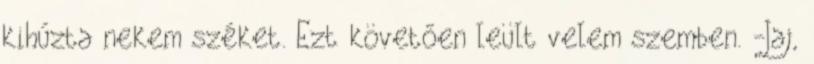
kihúzta nekem széket. Ezt követően leült velem szemben. -Jaj,